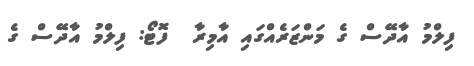
ފިލްމު އާދޭސް ގެ މަންޒަރެއްގައި އާމިރާ  ފޮޓޯ: ފިލްމު އާދޭސް ގެ